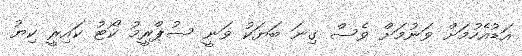
އަޑުއެހުމަށް ވަނުމަށް ވެސް ގިނަ ބަޔަކު ވަނީ ސުޕްރީމު ކޯޓު ކައިރީ ކިޔު